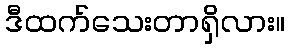
ဒီထက်သေးတာရှိလား။